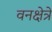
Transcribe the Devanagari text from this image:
वनक्षेत्रे